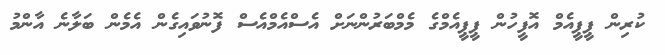
ކުރިން ޕީޕީއެމް އޮފީހުން ޕީޕީއެމްގެ މެމްބަރުންނަށް އެސްއެމްއެސް ފޮނުވައިގެން އެމެން ބަލާނެ އާންމު